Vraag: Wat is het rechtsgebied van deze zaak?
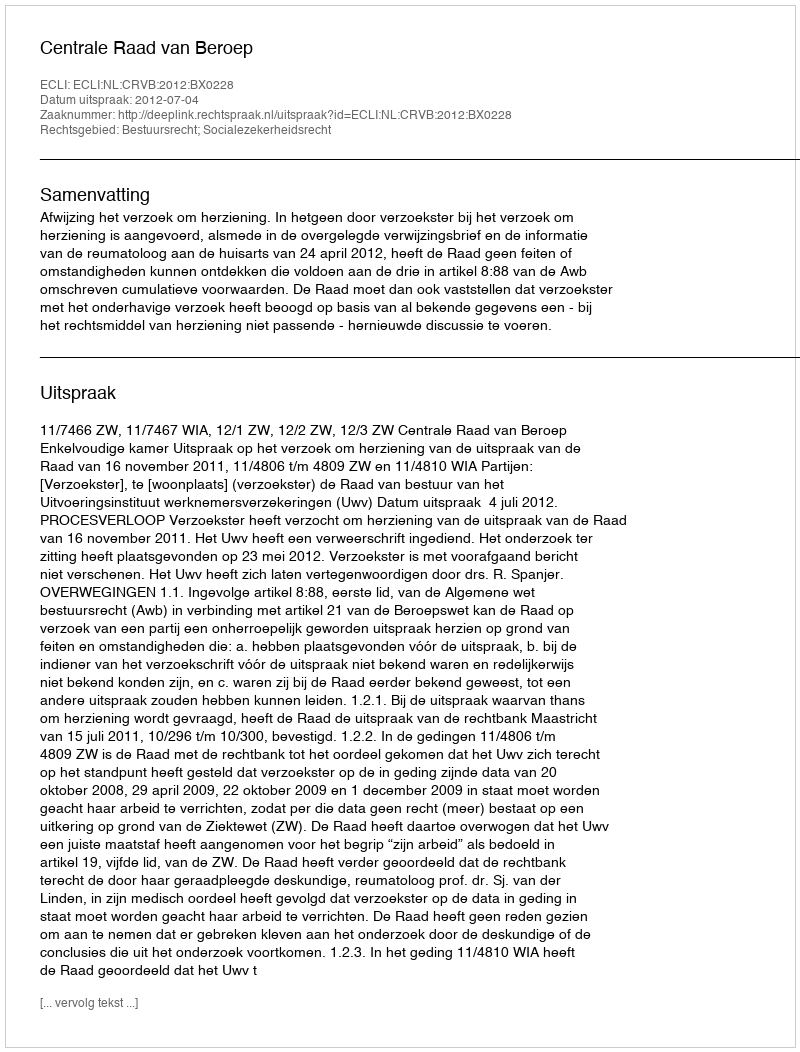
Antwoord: Bestuursrecht; Socialezekerheidsrecht